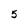
Character: 5